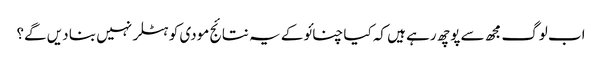
اب لوگ مجھ سے پوچھ رہے ہیں کہ کیا چنائو کے یہ نتائج مودی کو ہٹلر نہیں بنا دیں گے؟